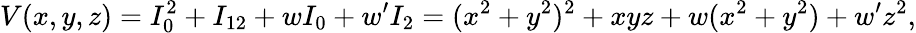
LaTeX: V(x,y,z)=I_{0}^{2}+I_{12}+wI_{0}+w^{\prime}I_{2}=(x^{2}+y^{2})^{2}+xyz+w(x^{2}+y^{2})+w^{\prime}z^{2},